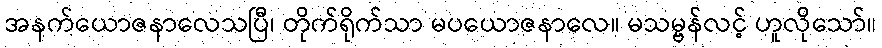
အနက်ယောဇနာလေသပြီ၊ တိုက်ရိုက်သာ မပယောဇနာလေ။ မသမ္ဗန်လင့် ဟူလိုသော်။